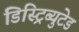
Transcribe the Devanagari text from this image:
डिस्ट्रिब्युटेड